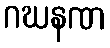
ဂဃနဏ